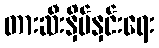
တားဆီးနှိမ်နှင်းရေး